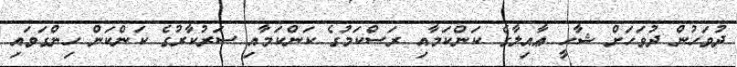
ދުވަހުން ދުވަހަށް ޝާހީ ޢާއިލާގެ ކަންކަމާއި ރަސްކަމުގެ ކަންކަމާއި ސަރުކާރުގެ ކަންކަން ހިންގަވައި